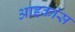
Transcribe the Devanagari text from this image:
आइकांस